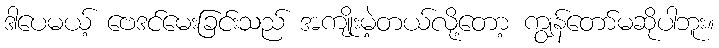
ဒါပေမယ့် ဗေဒင်မေးခြင်းသည် အကျိုးမဲ့တယ်လို့တော့ ကျွန်တော်မဆိုပါဘူး။